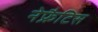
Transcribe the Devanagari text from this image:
नेफ्रैटिस